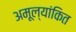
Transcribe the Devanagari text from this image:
अमूल्यांकित